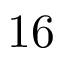
1 6